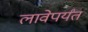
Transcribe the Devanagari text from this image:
लावेपर्यंत